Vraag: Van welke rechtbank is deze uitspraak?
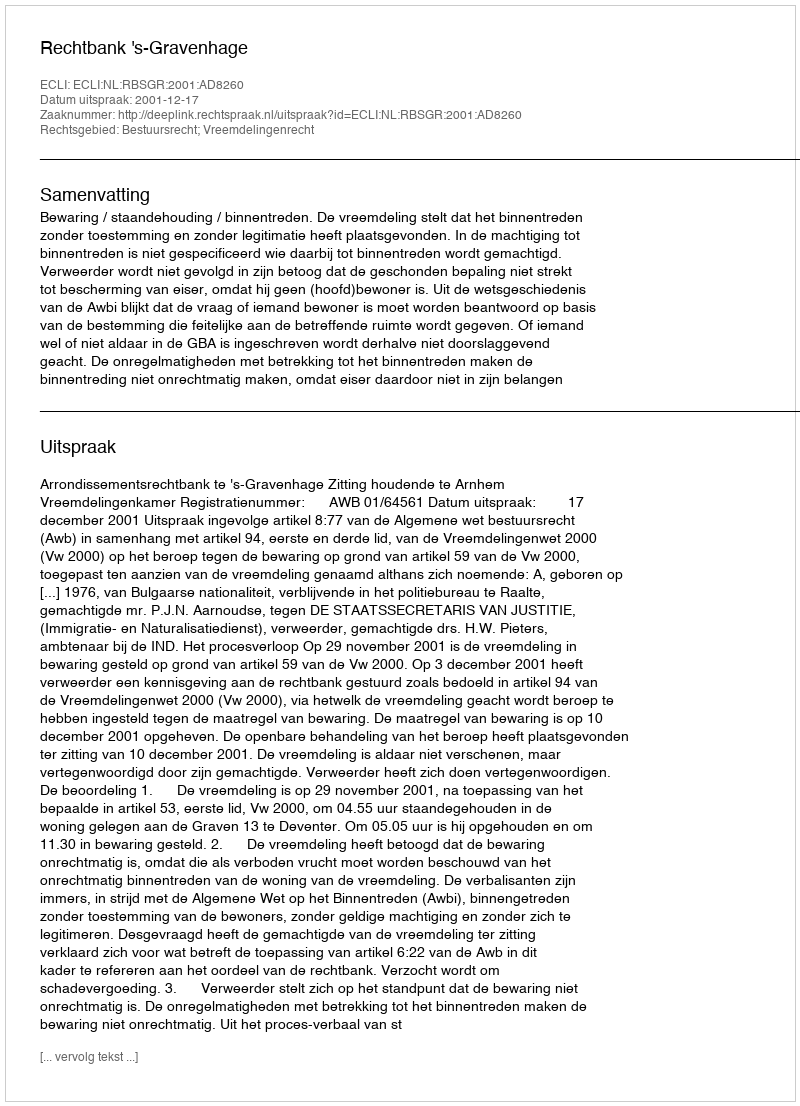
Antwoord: Rechtbank 's-Gravenhage